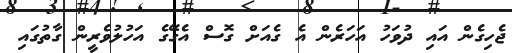
ޖެހިގެން އައި ދުވަހު އަހަރެން އެ ގެއަށް ގޮސް އެގޭގެ އަހުލުވެރީން ގާތުގައި